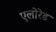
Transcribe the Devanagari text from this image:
एलोरेड